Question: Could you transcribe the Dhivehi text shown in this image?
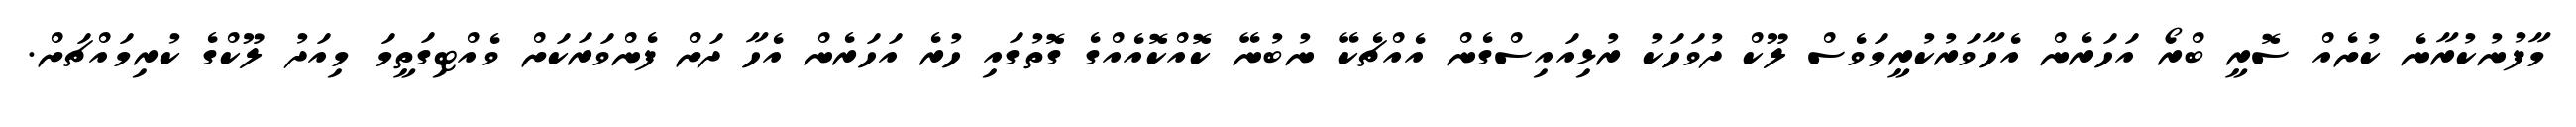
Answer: މާފުނުކުރާނެ ކުށެއް ސޮރީ ބްރޯ އަހަރެން އެހާވަރުކުރީމަވެސް ލޫކް ދުވަހަކު ރުޅިއައިސްގެން އެއްޗެކޭ ނުބުނޭ ކޮއްކޮއެއްގެ ގޮތުގައި ހުރެ އަހަރެން އެހާ ދަށް ފެންވަރަކަށް ވެއްޓިގަތީމަ މިއަދު ލޫކްގެ ކުރިމައްޗަށް.